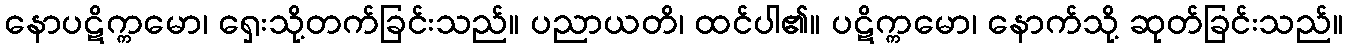
နောပဋိက္ကမော၊ ရှေးသို့တက်ခြင်းသည်။ ပညာယတိ၊ ထင်ပါ၏။ ပဋိက္ကမော၊ နောက်သို့ ဆုတ်ခြင်းသည်။